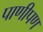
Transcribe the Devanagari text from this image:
पाणीपण